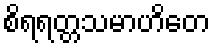
စိရရတ္တသမာဟိတေ